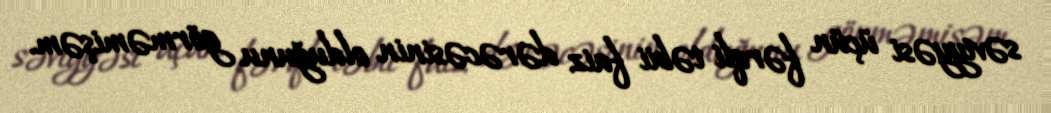
səviyyəsi üçün fərqli təbii faiz dərəcəsinin olduğunu görməmişəm.